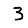
Digit: 3